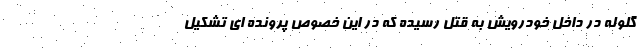
گلوله در داخل خودرویش به قتل رسیده که در این خصوص پرونده ای تشکیل